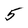
Character: 5